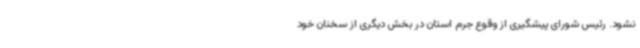
نشود. رئیس شورای پیشگیری از وقوع جرم استان در بخش دیگری از سخنان خود